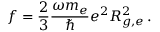
f = \frac { 2 } { 3 } \frac { \omega m _ { e } } { \hbar } e ^ { 2 } R _ { g , e } ^ { 2 } \, .